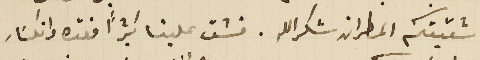
شقيقكم المطران شكرالله. فشق علينا كثيرًا فقده وانكسَار